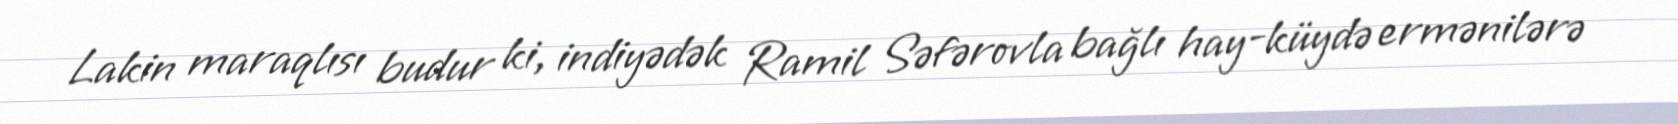
Lakin maraqlısı budur ki, indiyədək Ramil Səfərovla bağlı hay-küydə ermənilərə